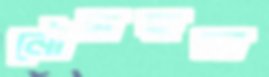
নৌমহল